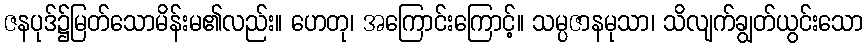
ဇနပုဒ်၌မြတ်သောမိန်းမ၏လည်း။ ဟေတု၊ အကြောင်းကြောင့်။ သမ္ပဇာနမုသာ၊ သိလျက်ချွတ်ယွင်းသော